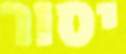
יסור